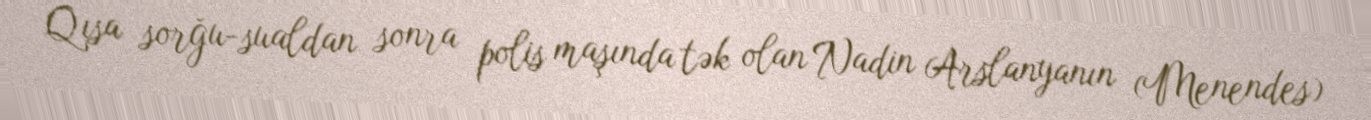
Qısa sorğu-sualdan sonra polis maşında tək olan Nadin Arslanyanın (Menendes)